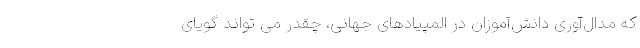
که مدال‌آوری دانش‌آموزان در المپیادهای جهانی، چقدر می تواند گویای